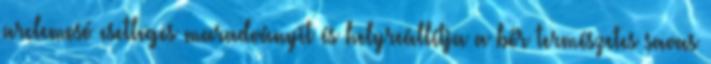
arclemosó esetleges maradványit és helyreállítja a bőr természetes savas